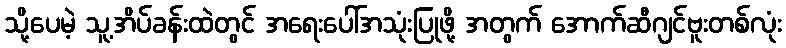
သို့ပေမဲ့ သူ့အိပ်ခန်းထဲတွင် အရေးပေါ်အသုံးပြုဖို့ အတွက် အောက်ဆီဂျင်ဗူးတစ်လုံး